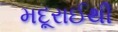
મદૂરાઈથી